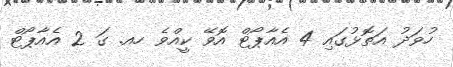
ހުވަދު އަތޮޅުގައި 4 އެއާޕޯޓް އޮވޭ ކީއްވެ ހއ. ގަ 2 އެއާޕޯޓް